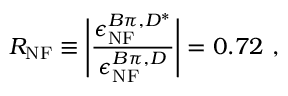
R _ { \mathrm { N F } } \equiv \Bigg | \frac { \epsilon _ { \mathrm { N F } } ^ { B \pi , D ^ { * } } } { \epsilon _ { \mathrm { N F } } ^ { B \pi , D } } \Bigg | = 0 . 7 2 ~ ,